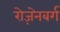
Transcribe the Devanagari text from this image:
रोज़ेनबर्ग